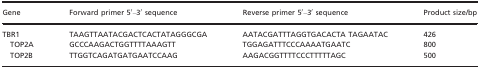
<table><thead><tr><td><b>Gene</b></td><td><b>Forward primer 5′–3′ sequence</b></td><td><b>Reverse primer 5′–3′ sequence</b></td><td><b>Product size/bp</b></td></tr></thead><tbody><tr><td>TBR1</td><td>TAAGTTAATACGACTCACTATAGGGCGA </td><td>AATACGATTTAGGTGACACTA TAGAATAC</td><td>426</td></tr><tr><td>TOP2A</td><td>GCCCAAGACTGGTTTTAAAGTT</td><td>TGGAGATTTCCCAAAATGAATC</td><td>800</td></tr><tr><td>TOP2B</td><td>TTGGTCAGATGATGAATCCAAG</td><td>AAGACGGTTTTCCCTTTTTAGC</td><td>500</td></tr></tbody></table>